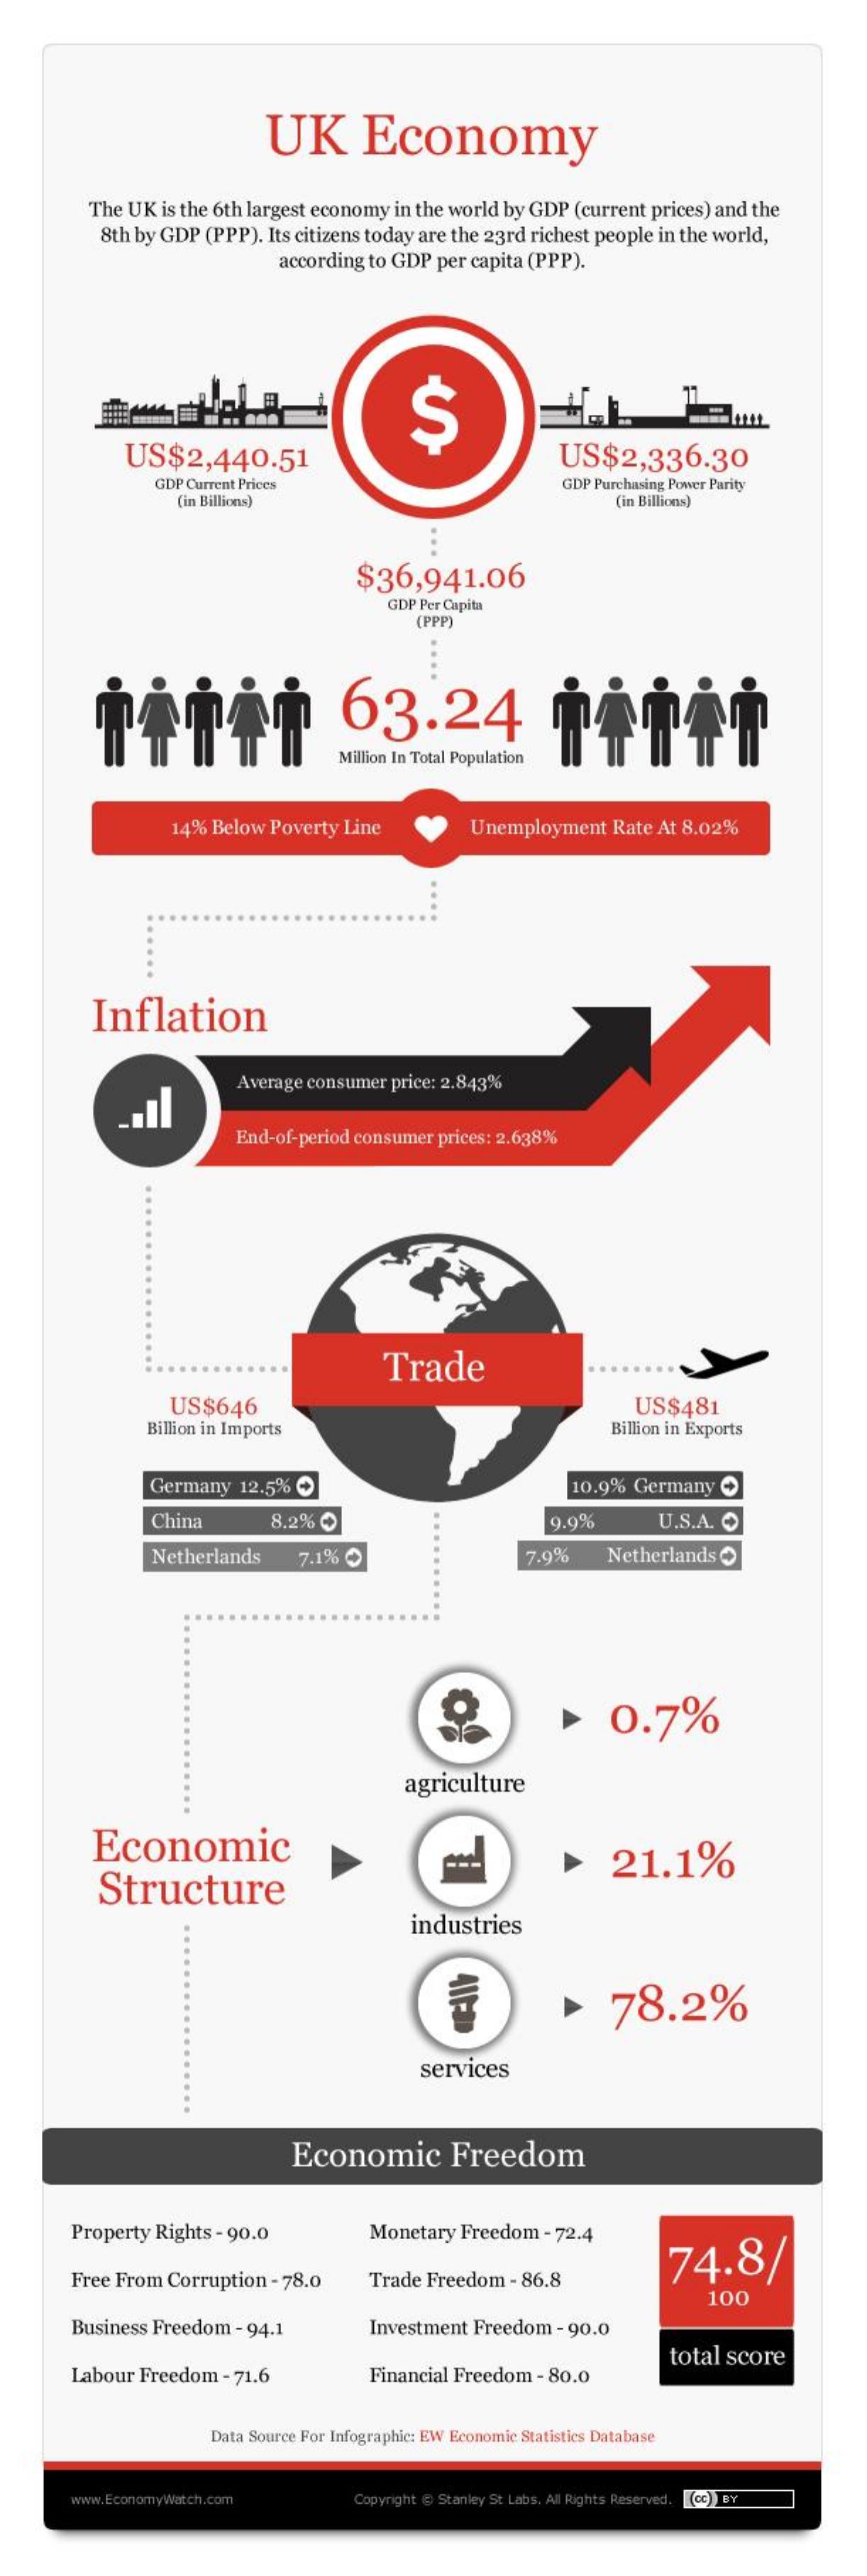
UK    Economy
     The UK is the 6th largest economy in the world by GDP (current prices) and the
     8th by GDP (PPP). Its citizens today are the 23rd richest people in the world,
     according to GDP per capita (PPP).
     $
     US$2,440.51    US$2,336.30
     GDP Current Prices    GDP Purchasing Power Parity
     (in Billions)    (in Billions)
     $36,941.06
     GDP Per Capita
     (PPP)
     63.24
     Million In Total Population
     14% Below Poverty Line    Unemployment  Rate At 8.02%
     Inflation
     Average consumer price: 2.843%
     End-of-period consumer prices: 2.638%
     Trade
     US$646    US$481
     Billion in Imports    Billion in Exports
     Germany  12.5% O    10.9% Germany
     China    8.2% O    9.9%    U.S.A. O
     Netherlands    7.1% O    7.9%    Netherlands
     >   0.7%
     agriculture
     Economic
     Structure
     21.1%
     industries
     >    78.2%
     services
     Economic    Freedom
     Property Rights - 90.0    Monetary Freedom - 72.4
     74.8/
     Free From Corruption - 78.0    Trade Freedom - 86.8
     100
     Business Freedom - 94.1    Investment Freedom - 90.0
     Labour Freedom  - 71.6    Financial Freedom - 80.0
     total score
     Data Source For Infographic: EW Economic Statistics Database
     www.EconomyWatch.com    Copyright @ Stanley St Labs. All Rights Reserved. (CC) BY